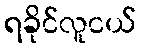
ရခိုင်လူငယ်